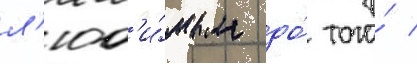
л'юб'и́мым до́ того́ /